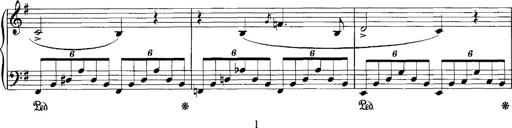
Title: Schlaflos! Frage und Antwort
Composer: Franz Liszt